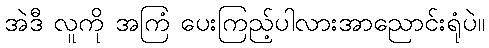
အဲဒီ လူကို အကြံ ပေးကြည့်ပါလားအာညောင်းရုံပဲ။